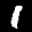
Label: 1